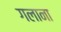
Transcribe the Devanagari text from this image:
गलाना